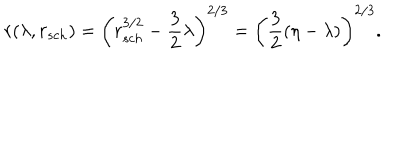
LaTeX: r ( \lambda , r _ { s c h } ) = \left( r _ { s c h } ^ { 3 / 2 } - { \frac { 3 } { 2 } } \lambda \right) ^ { 2 / 3 } = \left( { \frac { 3 } { 2 } } ( \eta - \lambda ) \right) ^ { 2 / 3 } .